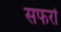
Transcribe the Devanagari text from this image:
सफरों